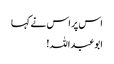
اس پر اس نے کہا
ابوعبداللہ!